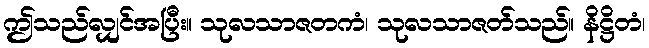
ဤသည်လျှင်အပြီး။ သုလသာဇတကံ၊ သုလသာဇတ်သည်။ နိဋ္ဌိတံ၊